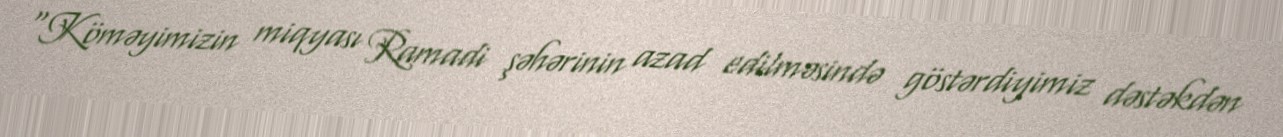
“Köməyimizin miqyası Ramadi şəhərinin azad edilməsində göstərdiyimiz dəstəkdən